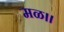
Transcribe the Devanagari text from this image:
मळ।।